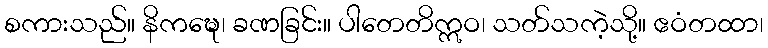
စကားသည်။ နိကဍ္ဎေ၊ ခဏခြင်း။ ပါတေတိဣဝ၊ သတ်သကဲ့သို့။ ဧဝံတထာ၊